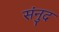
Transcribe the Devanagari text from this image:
संनुद